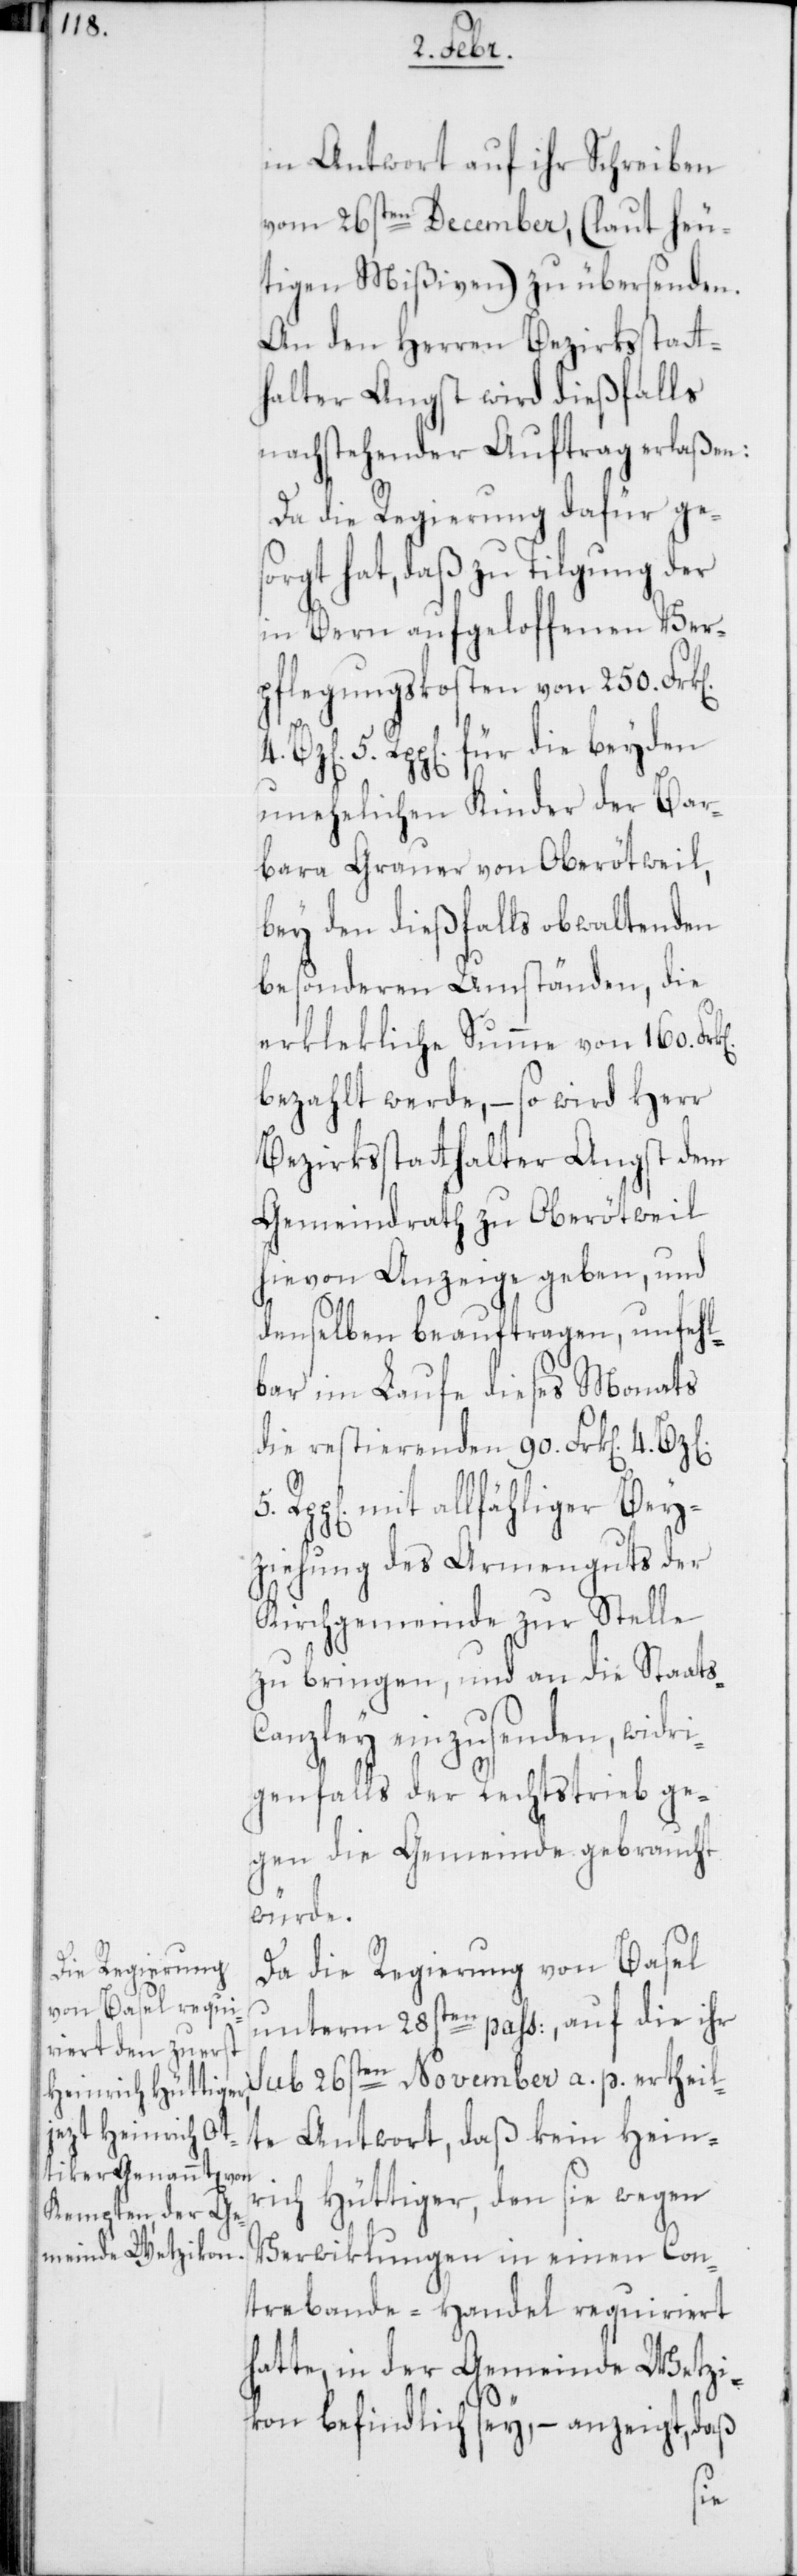
in Antwort auf ihr Schreiben
vom 26sten December (laut heu¬
tigen Mißiven) zu übersenden.
An den Herren Bezirksstatt¬
halter Angst wird dießfalls
nachstehender Auftrag erlaßen:
Da die Regierung dafür ges¬
orgt hat, daß zu Tilgung der
in Bern aufgeloffenen Ver¬
pflegungskosten von 250.
5. Rpp[en]. für die beyden
unehelichen Kinder der Bar¬
bara Grauer von Oberötweil,
bey den dießfalls obwaltenden
besonderen Umständen, die
erklekliche Summe von 160.
bezahlt werde, – so wird Herr
Bezirksstatthalter Angst dem
Gemeindrath zu Oberötweil
hievon Anzeige geben, und
denselben beauftragen, unfehl¬
bar im Laufe dieses Monats
die restierenden 90. Frk[en]. 4.
mit allfähliger Beyz¬
iehung des Armenguts der
Kirchgemeinde zur Stelle
zu bringen, und an die Staats-C¬
anzley einzusenden, widr¬
igenfalls der Rechtstrieb ge¬
gen die Gemeinde gebraucht
würde.
Da die Regierung von Basel
unterm 28sten paß:, auf die ihr
sub 26sten November a. p. ertheil¬
te Antwort, daß kein Hein¬
rich Hüttiger, den sie wegen
Verwiklungen in einen Con¬
trebande-Handel requiriert
atte, in der Gemeinde Wetzi¬
kon befindlich sey, – anzeigt, daß
h¬